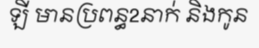
ឡី មានប្រពន្ធ2នាក់ និងកូន